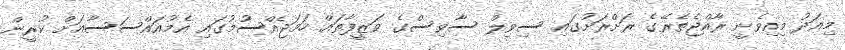
މިއަދު މިއިވެނީ ރާއްޖެތެރޭގެ ރަށްރަށުގައި ސިވިލް ސާވިސްގެ ވަޒީފާތައް ހަމަޖެއްސުމުގައި އެމުއައްސަސާއަށް ކުރީން